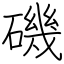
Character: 磯